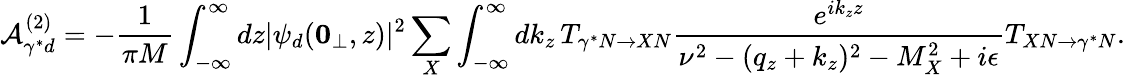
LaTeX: {\cal A}_{\gamma^{*}d}^{(2)}=-\frac{1}{\pi M}\int_{-\infty}^{\infty}dz|\psi_{d}({\mathbf 0}_{\perp},z)|^{2}\sum_{X}\int_{-\infty}^{\infty}dk_{z}\, T_{\gamma^{*}N\rightarrow XN}\frac{e^{ik_{z}z}}{\nu^{2}-(q_{z}+k_{z})^{2}-M_{X}^{2}+i\epsilon}T_{XN\rightarrow\gamma^{*}N}.